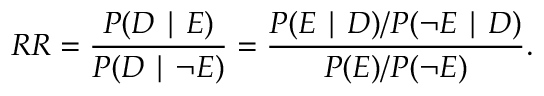
R R = { \frac { P ( D \mid E ) } { P ( D \mid \neg E ) } } = { \frac { P ( E \mid D ) / P ( \neg E \mid D ) } { P ( E ) / P ( \neg E ) } } .